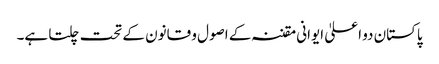
پاکستان دو اعلیٰ ایوانی مقننہ کے اصول و قانون کے تحت چلتا ہے۔